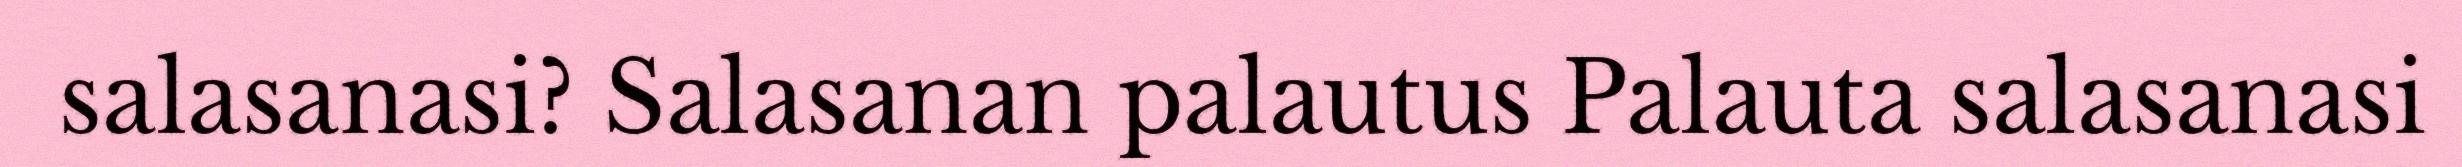
salasanasi? Salasanan palautus Palauta salasanasi